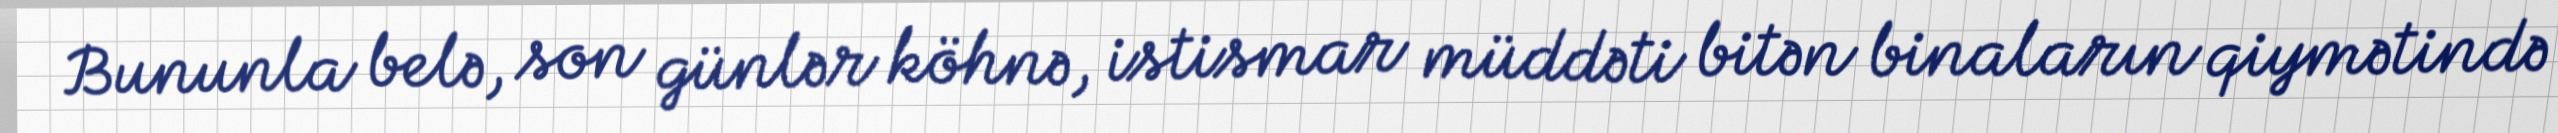
Bununla belə, son günlər köhnə, istismar müddəti bitən binaların qiymətində